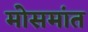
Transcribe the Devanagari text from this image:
मोसमांत